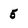
Character: 5